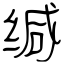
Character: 缄